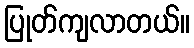
ပြုတ်ကျလာတယ်။